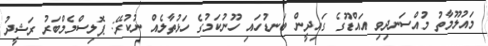
މައުލޫމާތު މުއްސަނދިވި އައްޑޫގެ ގައިދީން ބަނޑުހައި ހޫނުކަމުގެ ހަޅުތާލެއް ނުކުރޭ: ޕޮލިސްމެމްބަރު ރަޝީދު